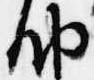
納